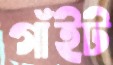
গাঁইট